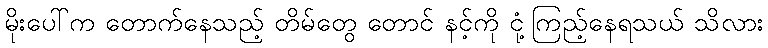
မိုးပေါ်က တောက်နေသည့် တိမ်တွေ တောင် နင့်ကို ငုံ့ကြည့်နေရသယ် သိလား